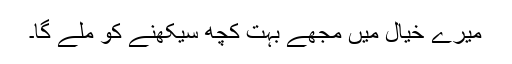
میرے خیال میں مجھے بہت کچھ سیکھنے کو ملے گا۔